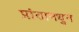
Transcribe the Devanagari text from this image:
प्रांतामधुन